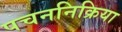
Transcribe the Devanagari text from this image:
पचननिक्रिया